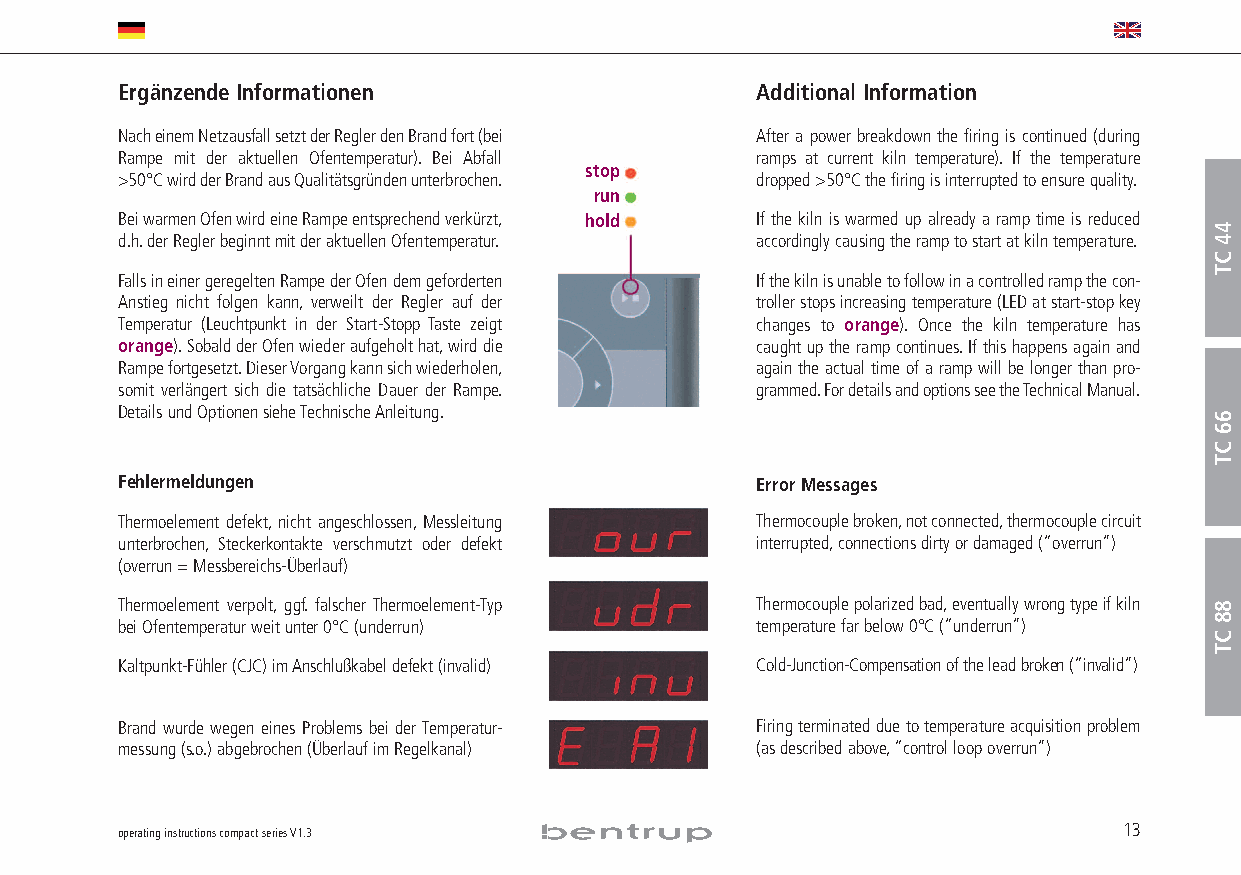
Ergänzende Informationen                  Additional Information
 Nach einem Netzausfall setzt der Regler den Brand fort (bei After a power breakdown the firing is continued (during
 Rampe mit der aktuellen Ofentemperatur). Bei Abfall ramps at current kiln temperature). If the temperature
 stop
 >50°C wird der Brand aus Qualitätsgründen unterbrochen. dropped >50°C the firing is interrupted to ensure quality.
 run
 Bei warmen Ofen wird eine Rampe entsprechend verkürzt, hold If the kiln is warmed up already a ramp time is reduced
 d.h.der Regler beginnt mit der aktuellen Ofentemperatur. accordingly causing the ramp to start at kiln temperature.
 Falls in einer geregelten Rampe der Ofen dem geforderten If the kiln is unable to follow in a controlled ramp the con-
 Anstieg nicht folgen kann, verweilt der Regler auf der troller stops increasing temperature (LED at start-stop key
 Temperatur (Leuchtpunkt in der Start-Stopp Taste zeigt changes to orange). Once the kiln temperature has
 orange).Sobald der Ofen wieder aufgeholt hat,wird die caught up the ramp continues.If this happens again and
 Rampe fortgesetzt.Dieser Vorgang kann sich wiederholen, again the actual time of a ramp will be longer than pro-
 somit verlängert sich die tatsächliche Dauer der Rampe. grammed.For details and options see the Technical Manual.
 Details und Optionen siehe Technische Anleitung.
 Fehlermeldungen                           Error Messages
 Thermoelement defekt,nicht angeschlossen,Messleitung Thermocouple broken,not connected,thermocouple circuit
 unterbrochen, Steckerkontakte verschmutzt oder defekt interrupted,connections dirty or damaged (“overrun”)
 (overrun = Messbereichs-Überlauf)
 Thermoelement verpolt, ggf. falscher Thermoelement-Typ Thermocouple polarized bad,eventually wrong type if kiln
 bei Ofentemperatur weit unter 0°C (underrun) temperature far below 0°C (“underrun”)
 Kaltpunkt-Fühler (CJC) im Anschlußkabel defekt (invalid) Cold-Junction-Compensation of the lead broken (“invalid”)
 Brand wurde wegen eines Problems bei der Temperatur- Firing terminated due to temperature acquisition problem
 messung (s.o.) abgebrochen (Überlauf im Regelkanal) (as described above,“control loop overrun”)
 operating instructions compact series V1.3                        13
 44
 CT
 66
 CT
 88
 CT